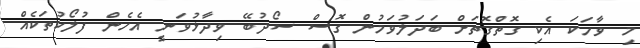
މި ވާހަކަ އެކި ގޮތްގޮތަށް ބަދަލުވަމުން ގޮސް ސޯދުބޭ ވިދާޅުވަނީ އެހެން ފުލޯކުތަކެއް